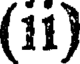
(11)